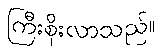
ကြီးစိုးလာသည်။